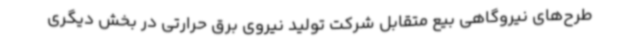
طرح‌های نیروگاهی بیع متقابل شرکت تولید نیروی برق حرارتی در بخش دیگری